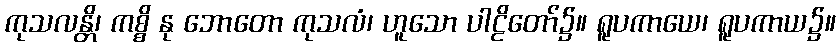
ကုသလန္တိ၊ ကစ္စိ နု ဘောတော ကုသလံ၊ ဟူသော ပါဠိတော်၌။ ရူပကာယေ၊ ရူပကာယ၌။